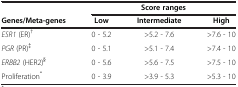
|  | <COLSPAN=3> Score ranges |
 | Genes/Meta-genes | Low | Intermediate | High |
 | --- | --- | --- | --- |
 | ESR1 (ER)† | 0 - 5.2 | >5.2 - 7.6 | >7.6 - 10 |
 | PGR (PR)‡ | 0 - 5.1 | >5.1 - 7.4 | >7.4 - 10 |
 | ERBB2 (HER2)§ | 0 - 5.6 | >5.6 - 7.5 | >7.5 - 10 |
 | Proliferation* | 0 - 3.9 | >3.9 - 5.3 | >5.3 - 10 |